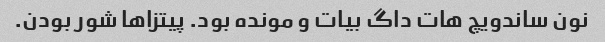
نون ساندویچ هات داگ بیات و مونده بود. پیتزا‌ها شور بودن.